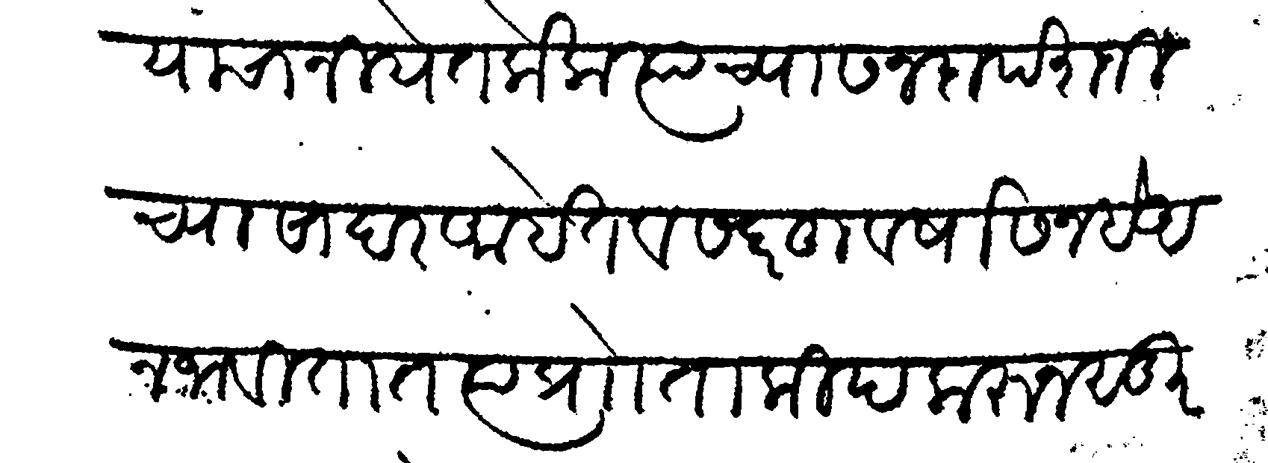
Transliteration (Devanagari): घ्यावयाचा नियेत केला त्याच्या सनदा पेशजीच्या सादर अहेत व सदरहू वर्षासन हे अनभवीतात त्या प्राो ताकीद करून सुर